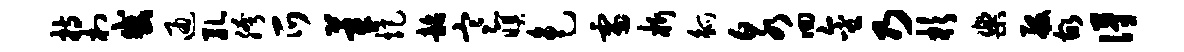
持村或通孔胯爪莘炬韶寒暝色雷析觚泉回金乃杉乐般故得